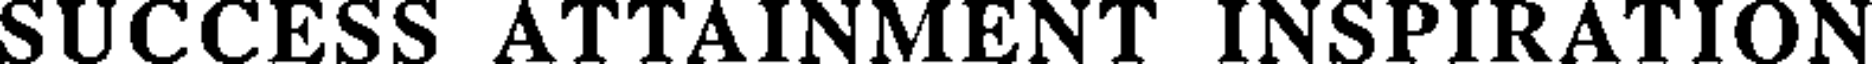
SUCCESS ATTAINMENT INSPIRATION